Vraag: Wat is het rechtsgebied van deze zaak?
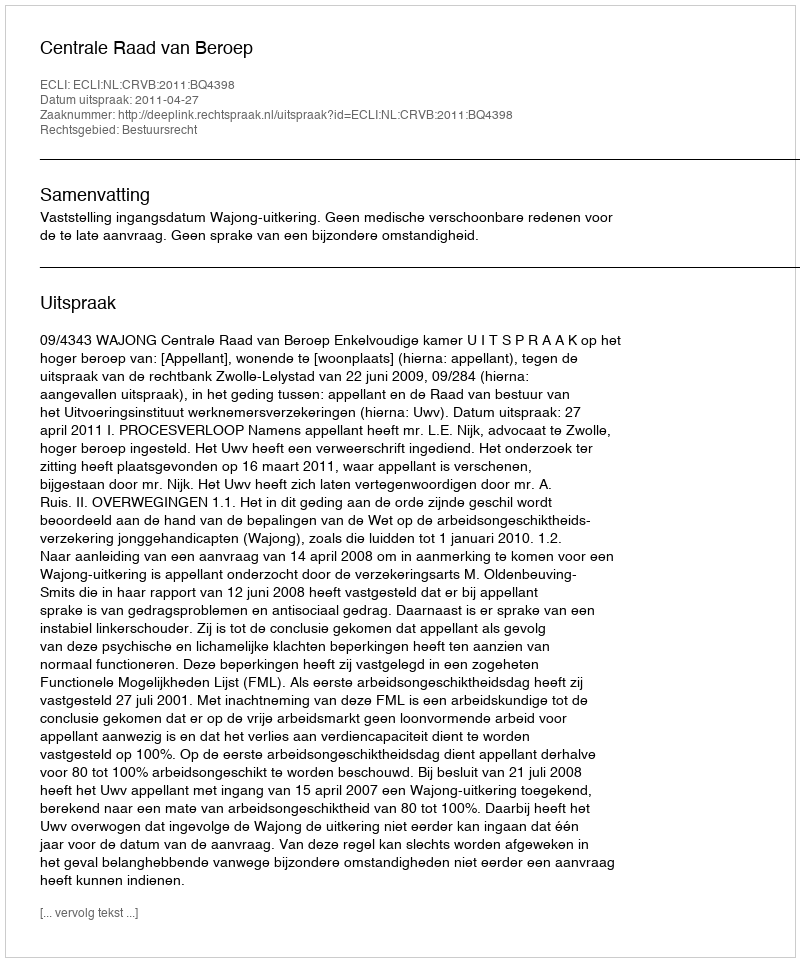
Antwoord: Bestuursrecht